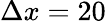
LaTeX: \Delta x=20